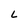
Character: L